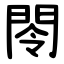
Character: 閝